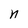
Character: n